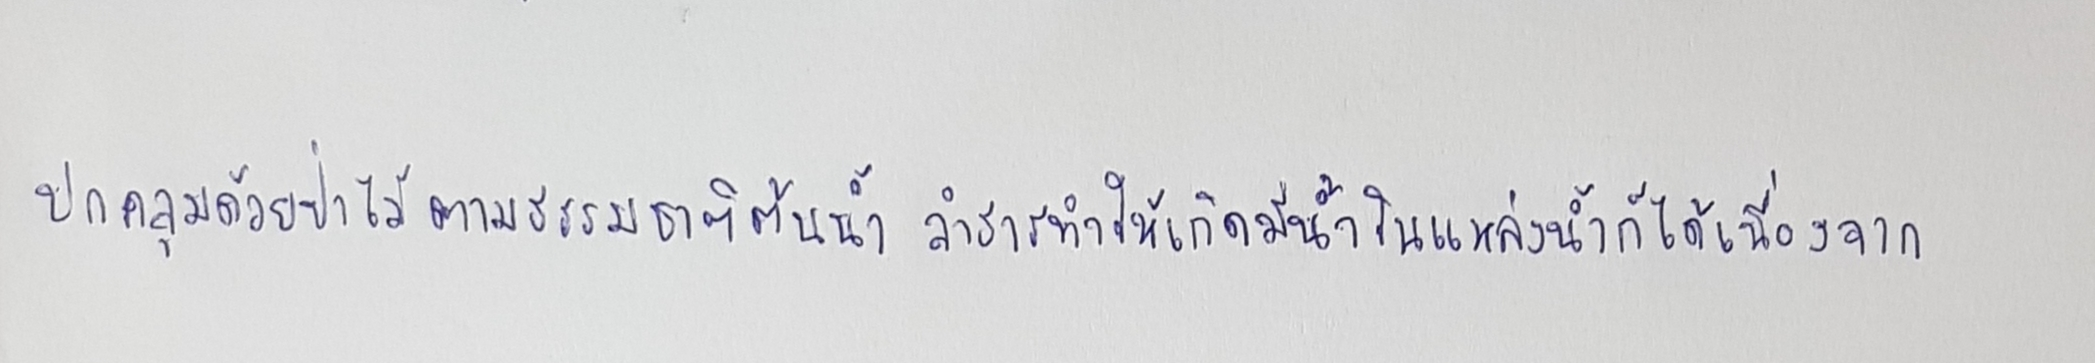
ปกคลุมด้วยป่าไม้ตามธรรมชาติต้นน้ำลำธารทำให้เกิดมีน้ำในแหล่งน้ำได้ก็เนื่องจาก